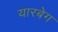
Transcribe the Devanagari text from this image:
यारबेग